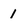
Character: 1